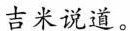
吉米说道。